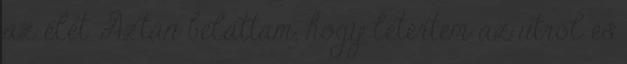
az élet. Aztán beláttam, hogy letértem az útról és